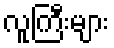
လူကြီးများ